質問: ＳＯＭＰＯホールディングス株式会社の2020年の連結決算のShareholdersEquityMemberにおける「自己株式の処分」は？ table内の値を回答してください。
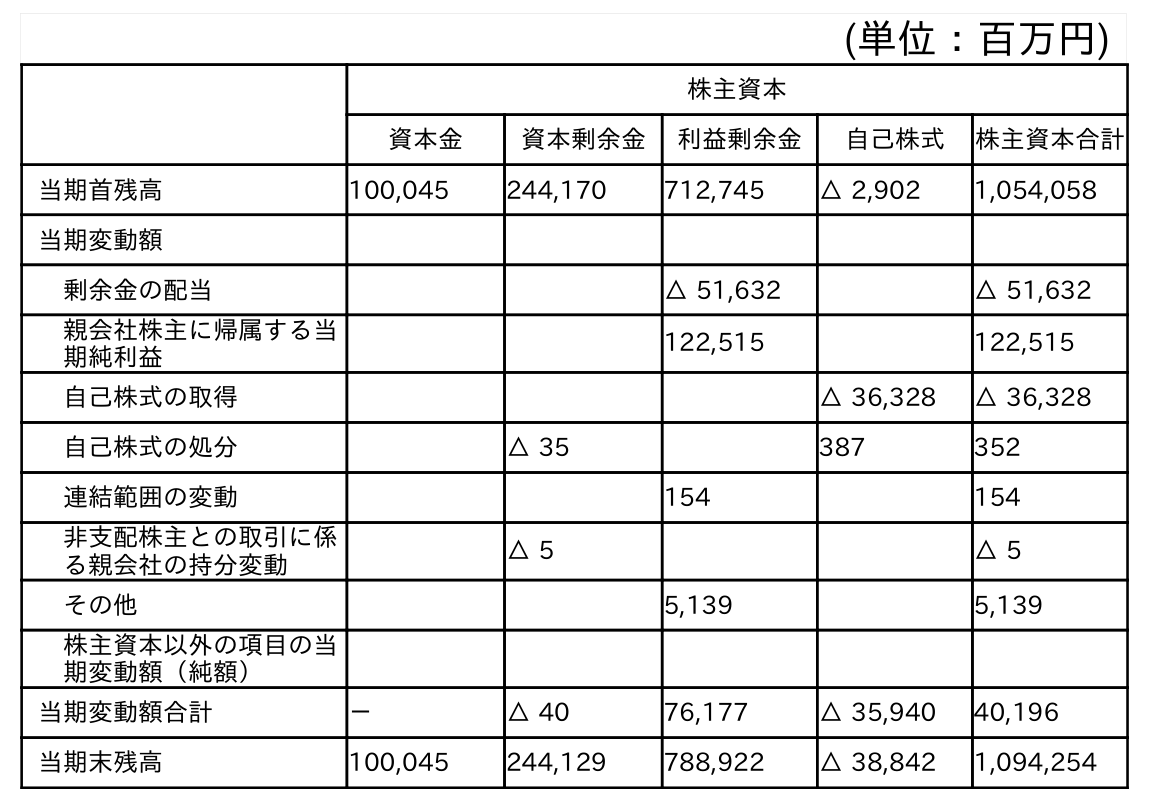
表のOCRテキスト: (単位：百万円) 株主資本 資本金 資本剰余金 利益剰余金 自己株式 株主資本合計 当期首残高 100,045 244,170 712,745 △ 2,902 1,054,058 当期変動額 剰余金の配当 △ 51,632 △ 51,632 親会社株主に帰属する当 期純利益 122,515 122,515 自己株式の取得 △ 36,328 △ 36,328 自己株式の処分 △ 35 387 352 連結範囲の変動 154 154 非支配株主との取引に係 る親会社の持分変動 △ 5 △ 5 その他 5,139 5,139 株主資本以外の項目の当 期変動額（純額） 当期変動額合計 － △ 40 76,177 △ 35,940 40,196 当期末残高 100,045 244,129 788,922 △ 38,842 1,094,254
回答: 352